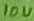
Text: 10u